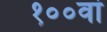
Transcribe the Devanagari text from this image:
१००वां